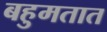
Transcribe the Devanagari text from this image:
बहुमतात